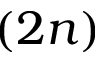
( 2 n )